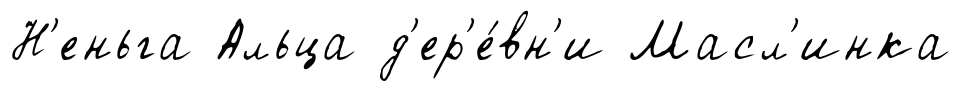
Н'еньга Альца д'ер'е́вн'и Масл'инка